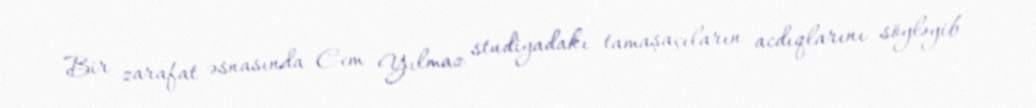
Bir zarafat əsnasında Cem Yılmaz studiyadakı tamaşaçıların acdıqlarını söyləyib